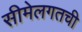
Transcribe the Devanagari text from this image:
सीमेलगतची